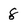
Character: 8